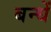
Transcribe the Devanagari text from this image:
बन्धें